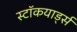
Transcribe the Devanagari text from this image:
स्टॉकयार्ड्स